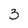
Character: 3